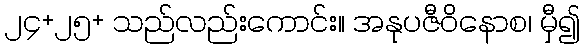
၂၄+၂၅+ သည်လည်းကောင်း။ အနုပဇီဝိနောစ၊ မှီ၍